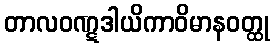
တာလဝဏ္ဋဒါယိကာဝိမာနဝတ္ထု